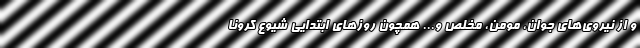
و از نیروی‌های جوان، مومن، مخلص و... همچون روزهای ابتدایی شیوع کرونا